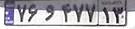
۷۶و۴۷۷۱۳